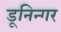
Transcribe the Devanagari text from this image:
डूनिन्गर